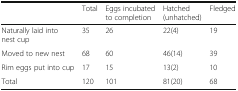
<table><thead><tr><td></td><td><b>Total</b></td><td><b>Eggs incubated to completion</b></td><td><b>Hatched (unhatched)</b></td><td><b>Fledged</b></td></tr></thead><tbody><tr><td>Naturally laid into nest cup</td><td>35</td><td>26</td><td>22(4)</td><td>19</td></tr><tr><td>Moved to new nest</td><td>68</td><td>60</td><td>46(14)</td><td>39</td></tr><tr><td>Rim eggs put into cup</td><td>17</td><td>15</td><td>13(2)</td><td>10</td></tr><tr><td>Total</td><td>120</td><td>101</td><td>81(20)</td><td>68</td></tr></tbody></table>